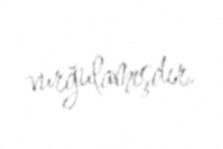
vurğulamışdır.